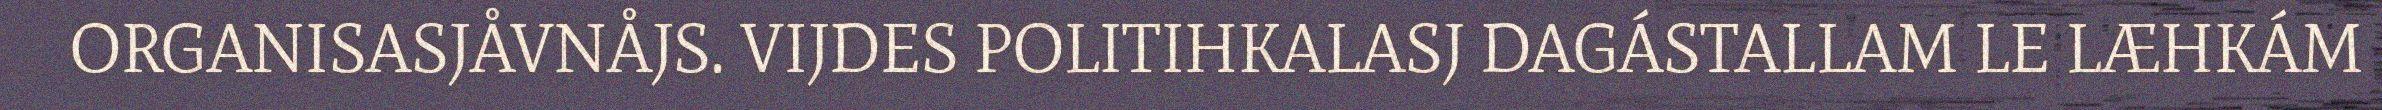
ORGANISASJÅVNÅJS. VIJDES POLITIHKALASJ DAGÁSTALLAM LE LÆHKÁM